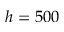
h = 5 0 0